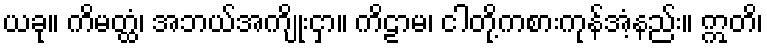
ယခု။ ကိမတ္ထံ၊ အဘယ်အကျိုးငှာ။ ကိဠာမ၊ ငါတို့ကစားကုန်အံ့နည်း။ ဣတိ၊